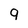
Character: q